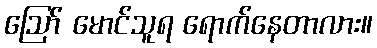
ဪ မောင်သူရ ရောက်နေတာလား။